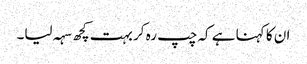
ان کا کہنا ہے کہ چپ رہ کر بہت کچھ سہہ لیا۔